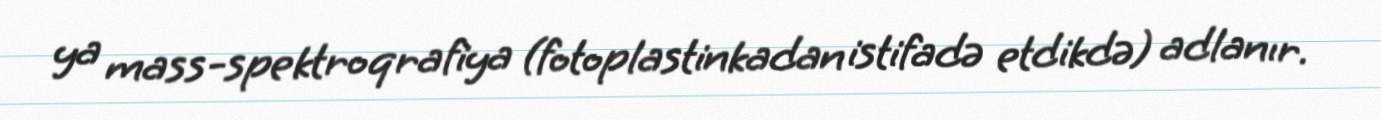
ya mass-spektroqrafiya (fotoplastinkadan istifadə etdikdə) adlanır.